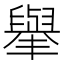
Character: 𦦙